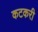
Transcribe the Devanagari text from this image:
कटकरी